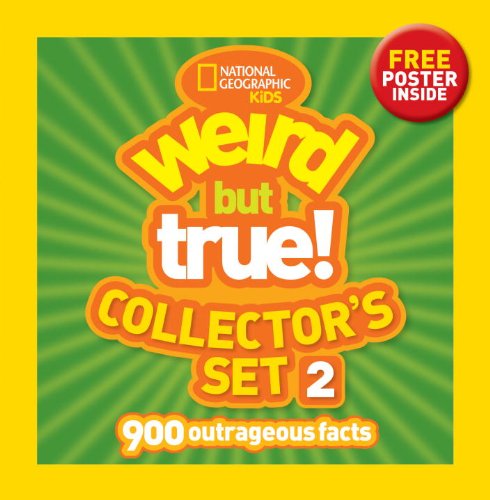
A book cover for Weird but True! Collector's Set 2 (Boxed Set): 900 Outrageous Facts; National Geographic Kids; Children's Books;